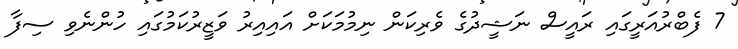
7 ފެބްރުއަރީގައި ރައީސް ނަޝީދުގެ ވެރިކަން ނިމުމަކަށް އައިއިރު ވަޒީރުކަމުގައި ހުންނެވި ސިފާ